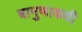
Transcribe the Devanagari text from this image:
बामुणाकयी